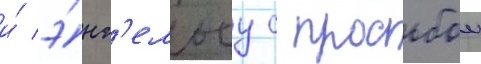
и́ э́нг'ельсу с просьбои